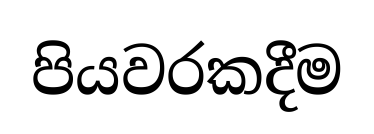
පියවරකදීම